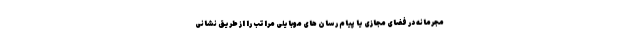
مجرمانه در فضای مجازی یا پیام رسان های موبایلی مراتب را از طریق نشانی